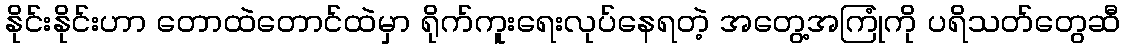
နိုင်းနိုင်းဟာ တောထဲတောင်ထဲမှာ ရိုက်ကူးရေးလုပ်နေရတဲ့ အတွေ့အကြုံကို ပရိသတ်တွေဆီ